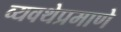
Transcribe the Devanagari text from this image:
व्यवथेप्रमाणे